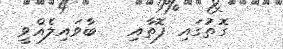
ގޮތުގައި ފޮތާއި   ބާވައިލެއްވީ